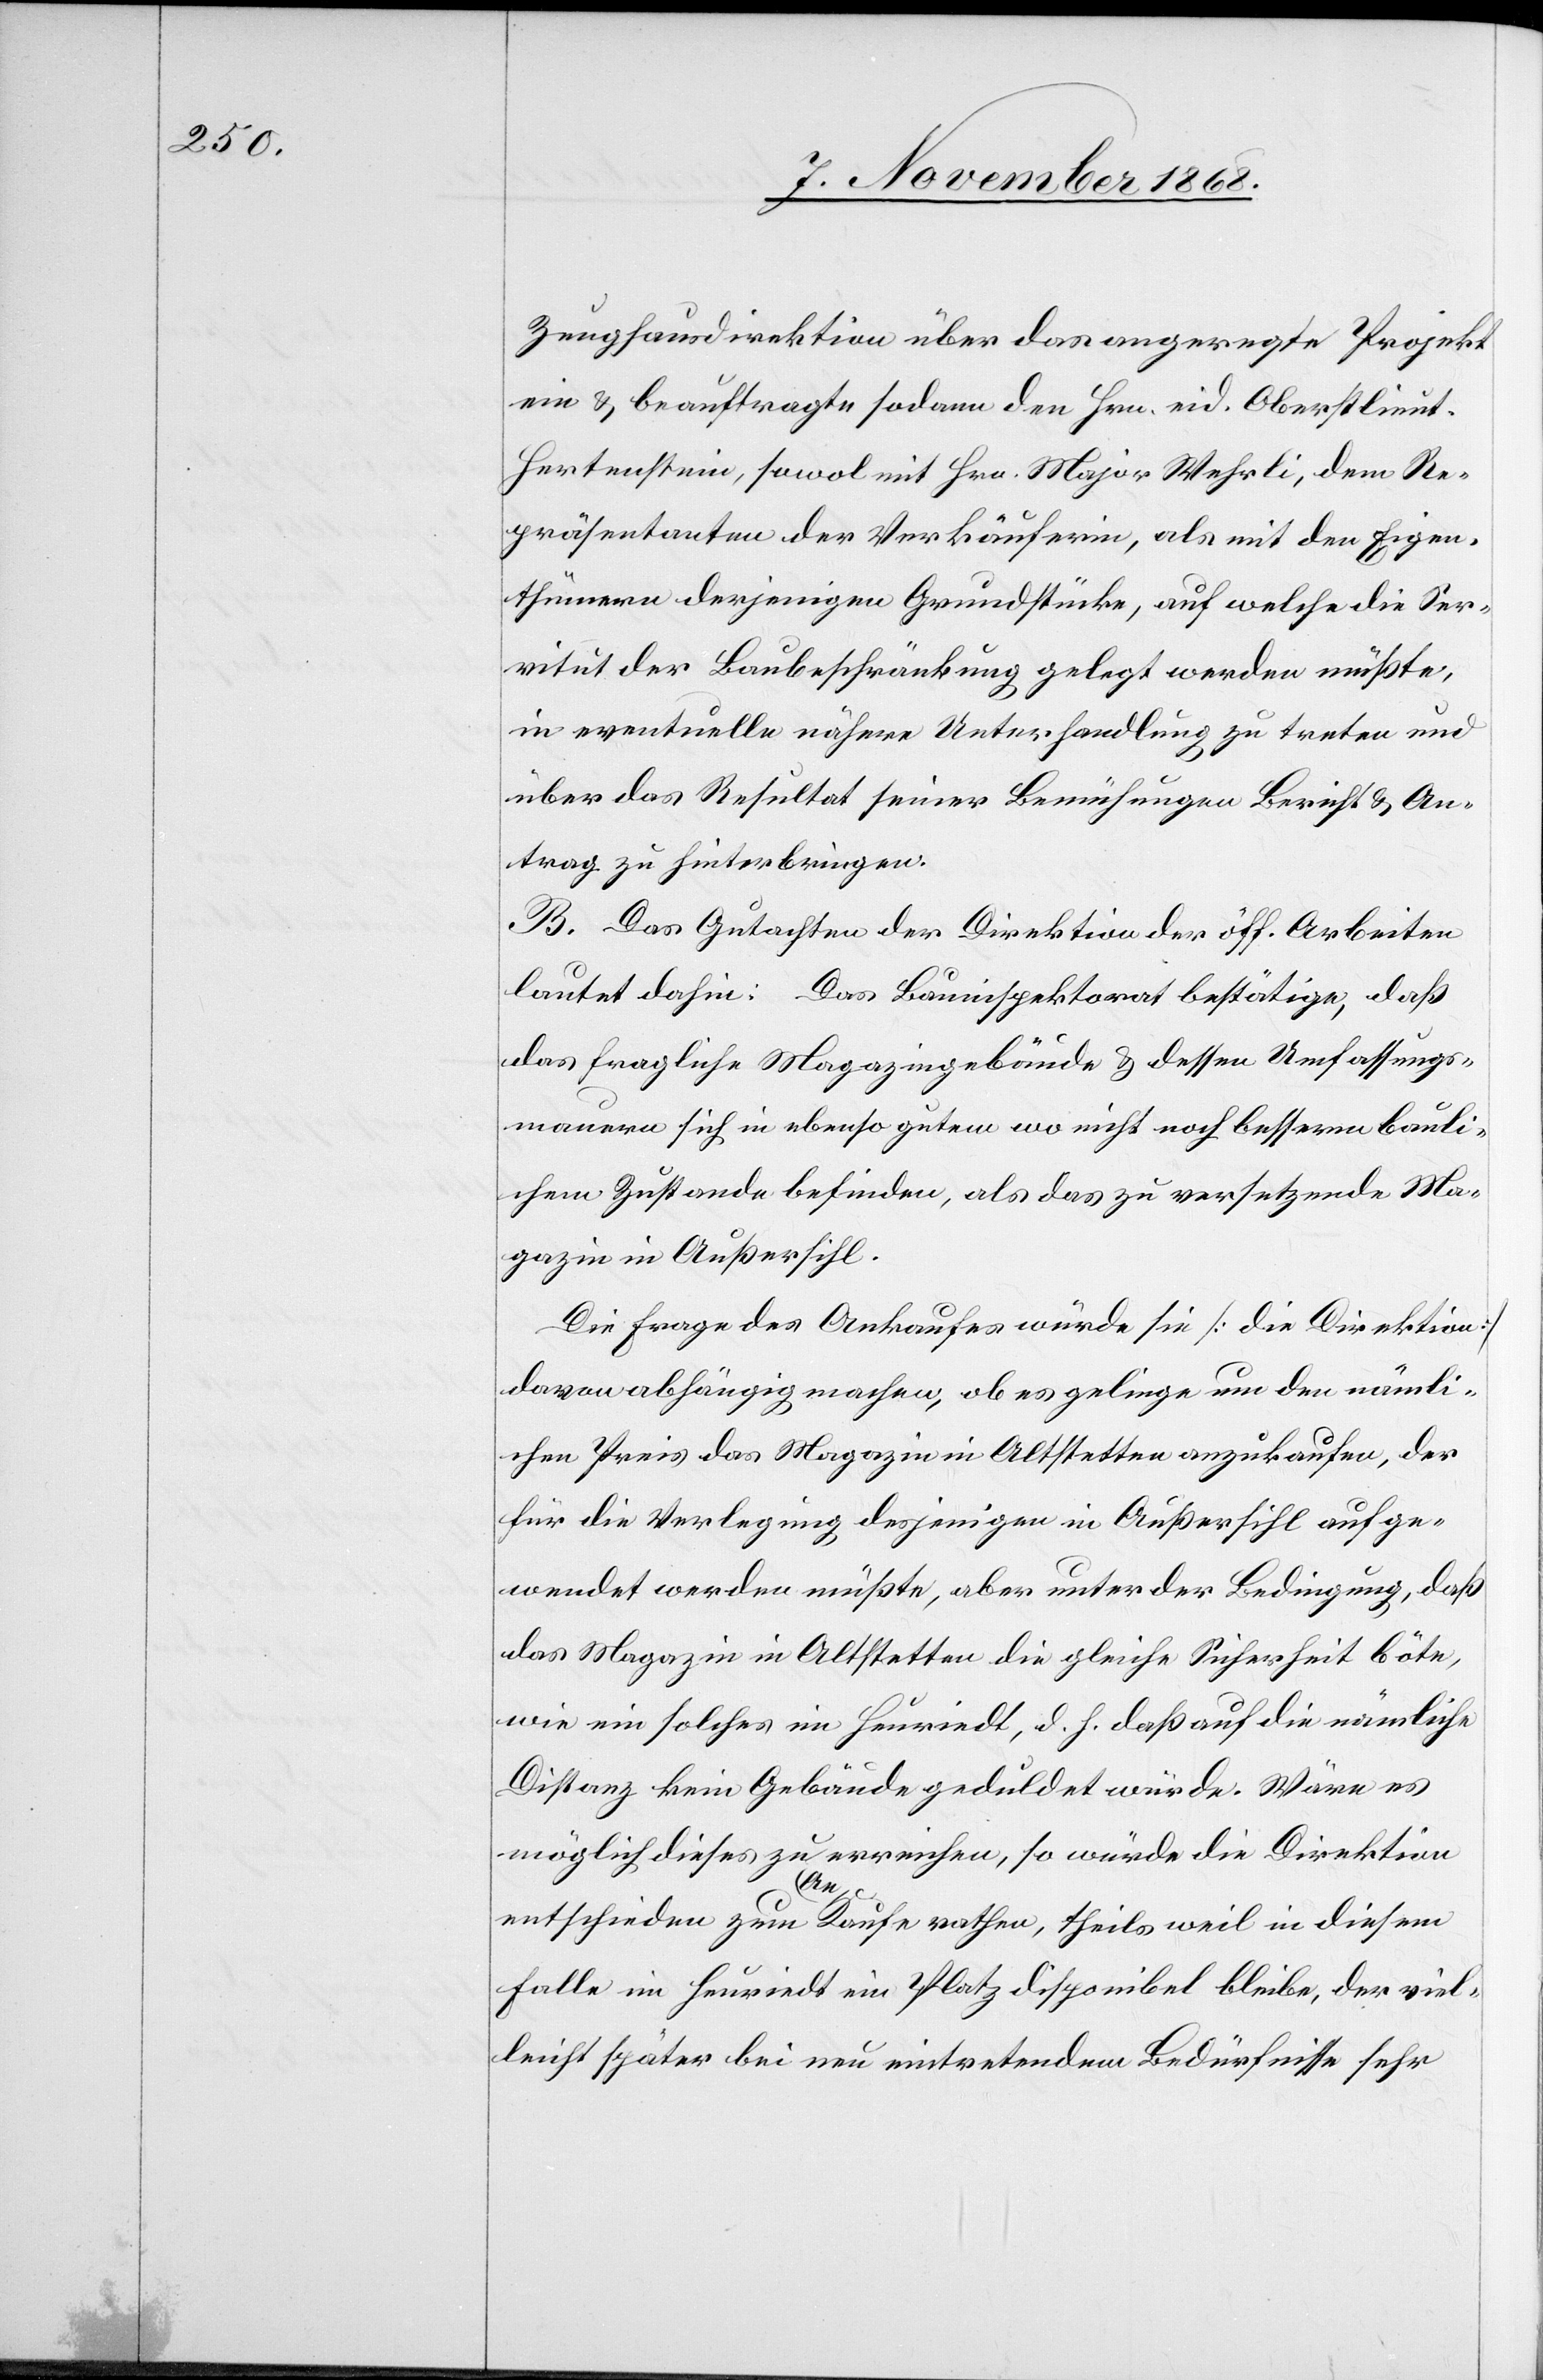
Zeughausdirektion über das angeregte Projekt
ein & beauftragte sodann den Hrn. eid. Oberstlieut.
Hertenstein, sowol mit Hrn. Major Wehrli, dem Re¬
präsentanten der Verkäuferin, als mit den Eigen¬
thümern derjenigen Grundstücke, auf welche die Ser¬
vitut der Baubeschränkung gelegt werden müßte,
in eventuelle nähere Unterhandlung zu treten und
über das Resultat seiner Bemühungen Bericht & An¬
trag zu hinterbringen.
B. Das Gutachten der Direktion der öff. Arbeiten
lautet dahin: Das Bauinspektorat bestätige, daß
das fragliche Magazingebäude & dessen Umfassungs¬
mauern sich in ebenso gutem wo nicht noch besserm bauli¬
chem Zustande befinden, als das zu versetzende Ma¬
gazin in Außersihl.
Die Frage des Ankaufes würde sie [die Direktion]
davon abhängig machen, ob es gelinge um den nämli¬
chen Preis das Magazin in Altstetten anzukaufen, der
für die Verlegung desjenigen in Außersihl aufge¬
wendet werden müßte, aber unter der Bedingung, daß
das Magazin in Altstetten die gleiche Sicherheit böte,
wie ein solches im Heuriedt, d. h. daß auf die nämliche
Distanz kein Gebäude geduldet würde. Wäre es
möglich dieses zu erreichen, so würde die Direktion
entschieden zum An-Kaufe rathen, theils weil in diesem
Falle im Heuriedt ein Platz disponibel bleibe, der viel¬
leicht später bei neu eintretendem Bedürfnisse sehr